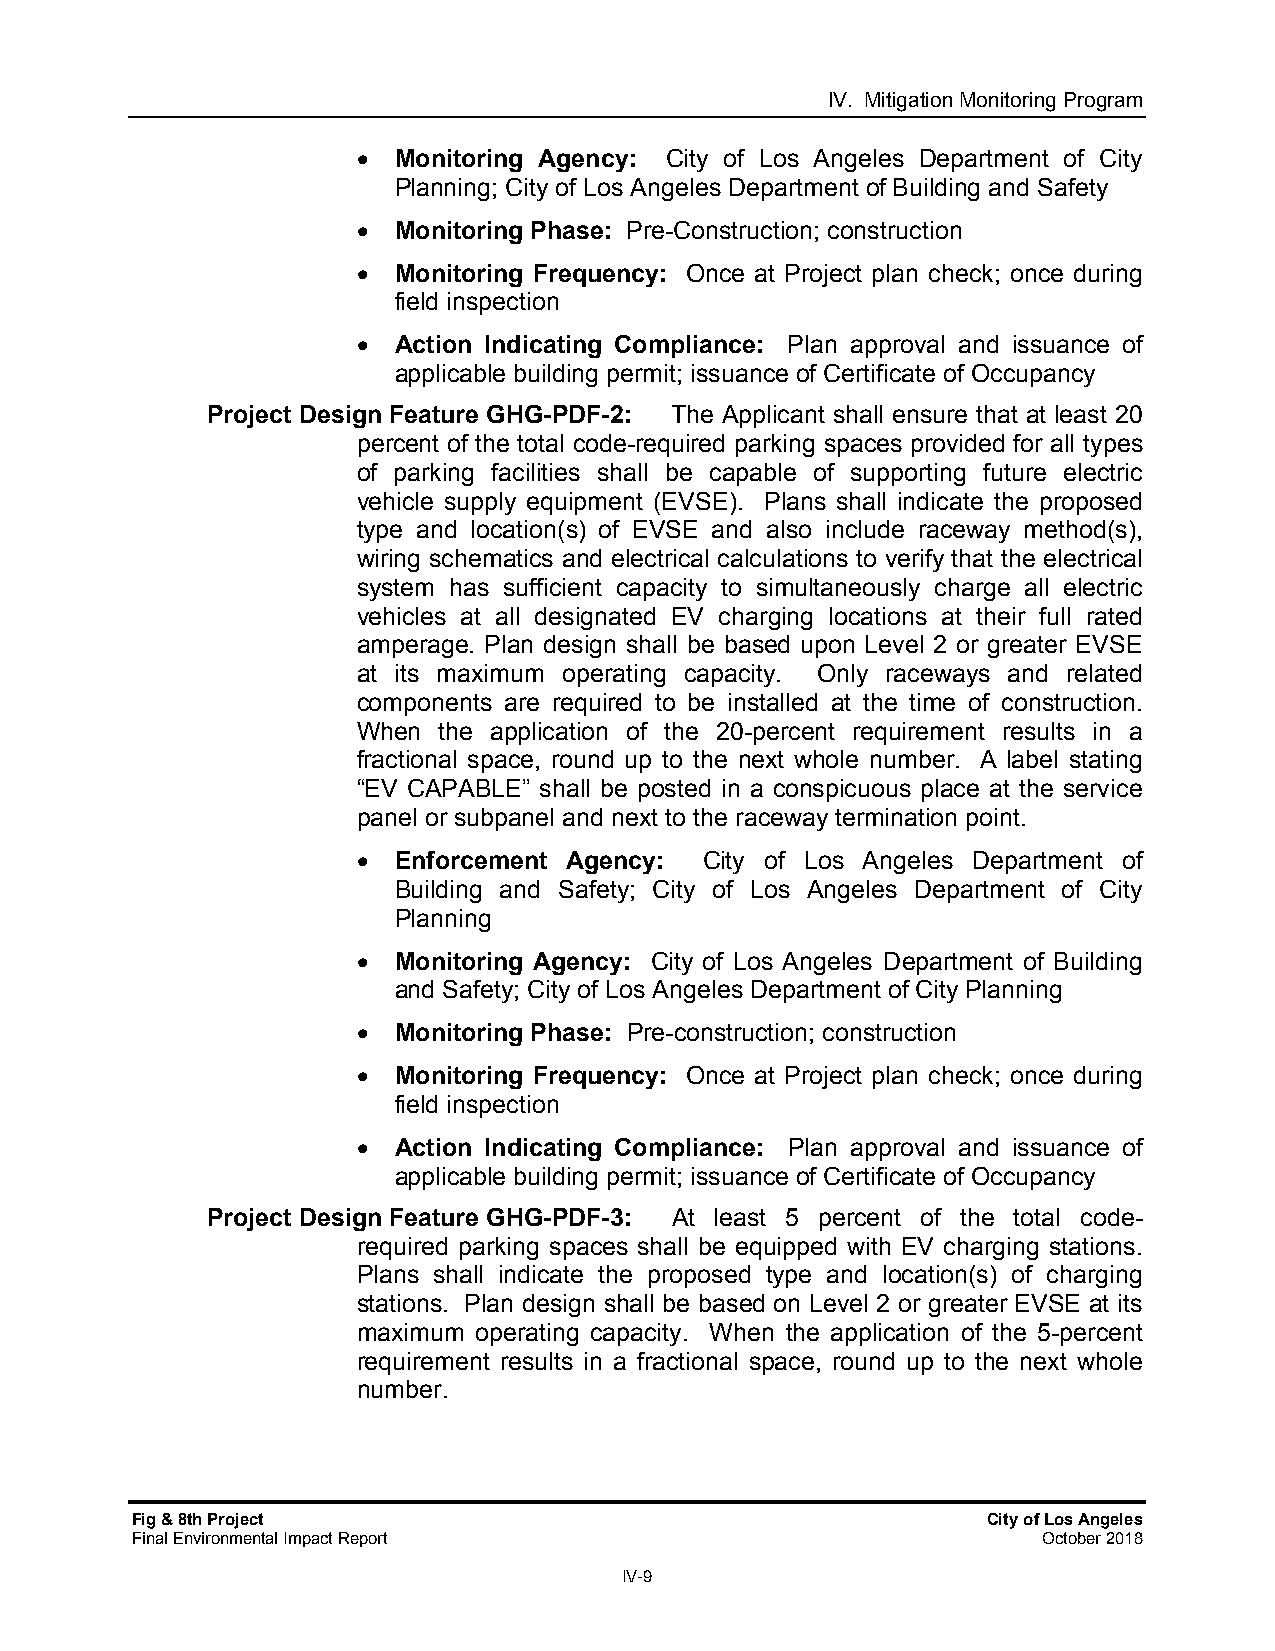
IV. Mitigation Monitoring Program
  Monitoring Agency: City of Los Angeles Department of City
 Planning; City of Los Angeles Department of Building and Safety
  Monitoring Phase: Pre-Construction; construction
  Monitoring Frequency: Once at Project plan check; once during
 field inspection
  Action Indicating Compliance: Plan approval and issuance of
 applicable building permit; issuance of Certificate of Occupancy
 Project Design Feature GHG-PDF-2: The Applicant shall ensure that at least 20
 percent of the total code-required parking spaces provided for all types
 of parking facilities shall be capable of supporting future electric
 vehicle supply equipment (EVSE). Plans shall indicate the proposed
 type and location(s) of EVSE and also include raceway method(s),
 wiring schematics and electrical calculations to verify that the electrical
 system has sufficient capacity to simultaneously charge all electric
 vehicles at all designated EV charging locations at their full rated
 amperage. Plan design shall be based upon Level 2 or greater EVSE
 at its maximum operating capacity. Only raceways and related
 components are required to be installed at the time of construction.
 When the application of the 20-percent requirement results in a
 fractional space, round up to the next whole number. A label stating
 “EV CAPABLE” shall be posted in a conspicuous place at the service
 panel or subpanel and next to the raceway termination point.
  Enforcement Agency:  City of Los Angeles Department of
 Building and Safety; City of Los Angeles Department of City
 Planning
  Monitoring Agency: City of Los Angeles Department of Building
 and Safety; City of Los Angeles Department of City Planning
  Monitoring Phase: Pre-construction; construction
  Monitoring Frequency: Once at Project plan check; once during
 field inspection
  Action Indicating Compliance: Plan approval and issuance of
 applicable building permit; issuance of Certificate of Occupancy
 Project Design Feature GHG-PDF-3: At least 5 percent of the total code-
 required parking spaces shall be equipped with EV charging stations.
 Plans shall indicate the proposed type and location(s) of charging
 stations. Plan design shall be based on Level 2 or greater EVSE at its
 maximum operating capacity. When the application of the 5-percent
 requirement results in a fractional space, round up to the next whole
 number.
 Fig & 8th Project                                       City of Los Angeles
 Final Environmental Impact Report                           October 2018
 IV-9